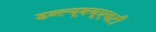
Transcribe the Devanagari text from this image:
डब्ल्यूक्यूएचटी